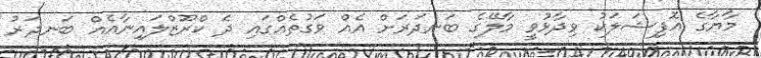
މާޔާގެ އޮފިޝަލަކު ވިދާޅުވީ މާލޭގެ ބަނދަރަށް އެއް ވަގުތެއްގައި ދެ ކްރޫޒްލައިނާއެއް ބަނދަރު